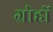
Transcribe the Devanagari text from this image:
ग्रोहों